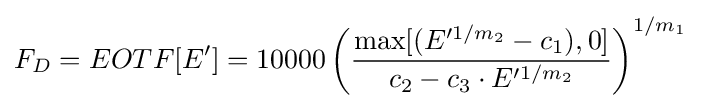
F_{D}=EOTF[E']=10000\left({\frac {\max[(E'^{1/m_{2}}-c_{1}),0]}{c_{2}-c_{3}\cdot E'^{1/m_{2}}}}\right)^{1/m_{1}}